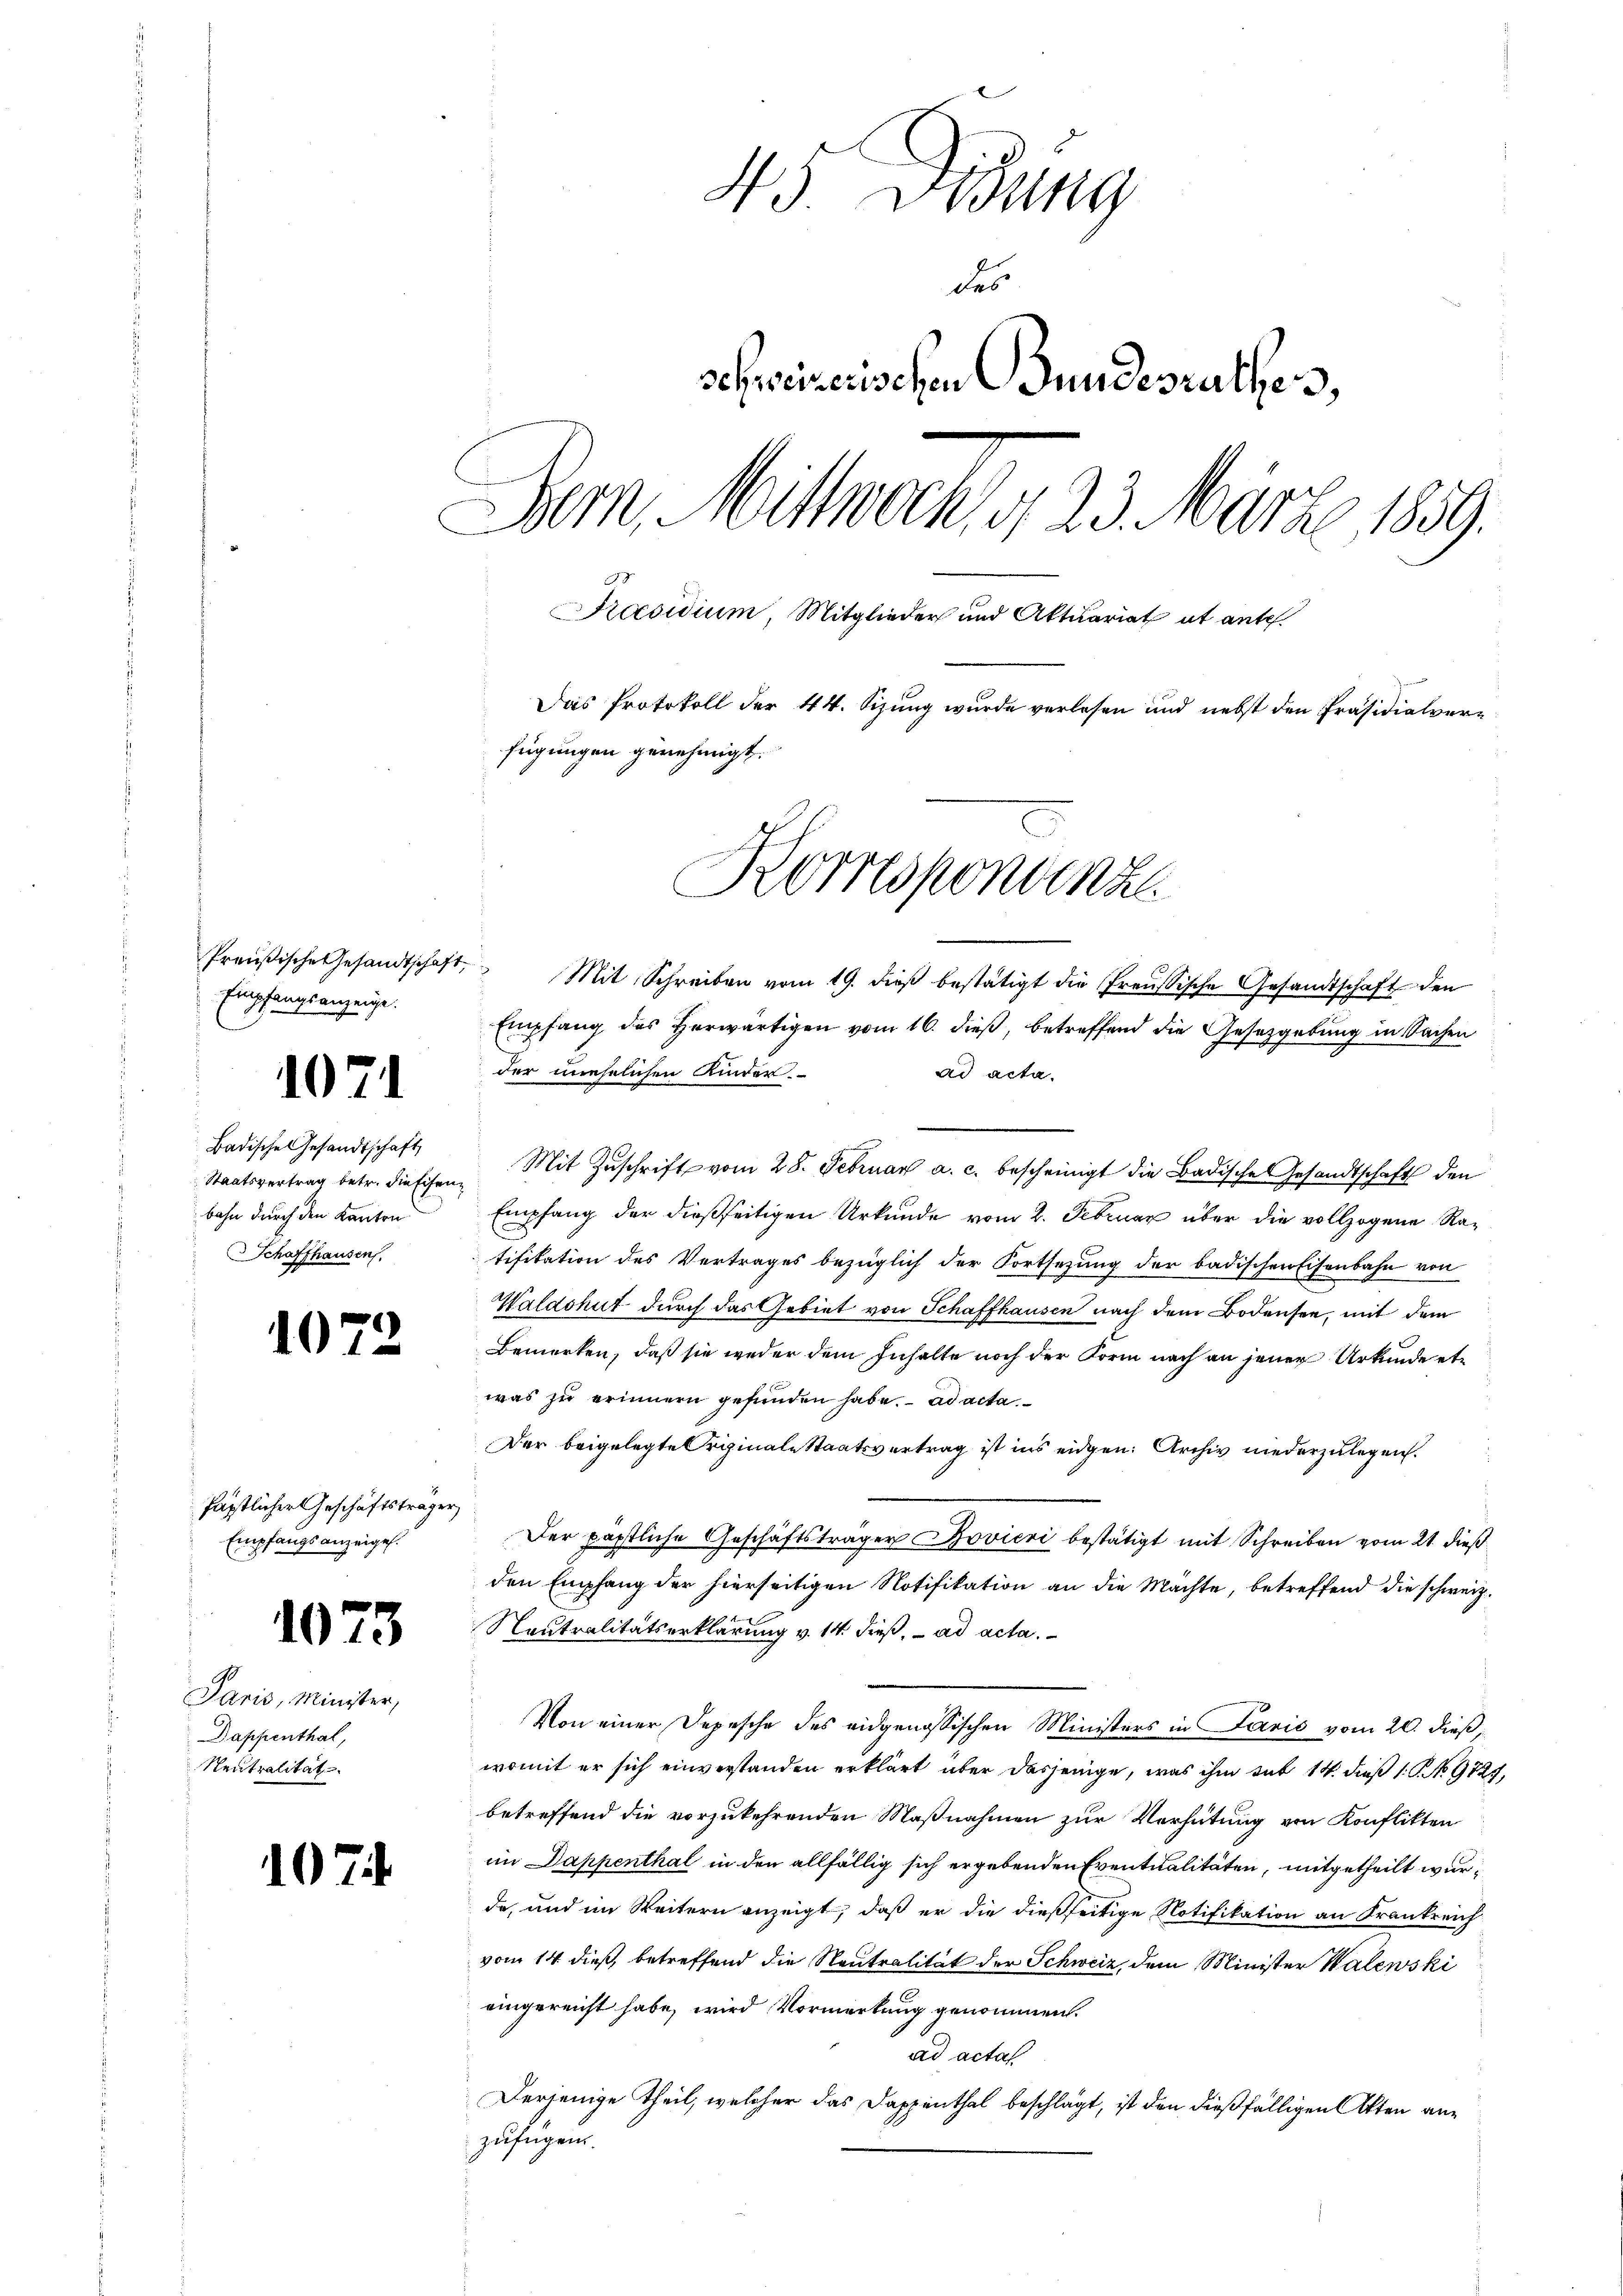
1071

1

.

fästlicher Geschäftsträger
Empfangsanzeigel.

1073

Paris, Minister,
Dappenthal,
Neutralität

107

45. Didung
des
schweizerischen Gundesrathes,
Bern, Mittwoch, d. 23. März 1859.
Praesidium, Mitglieder und Aktuariat et ante.
Das Protokoll der 44. Sizung wurde verlesen und nebst den Präsidialverfügungen genehmigt.
Korresponvenz

Empfangsanzeige.

Badische Gesandtschaft,
bahn durch den Kanton
Schaffhausen.

Preŭβische Gesandtschaft. Mit Schreiben vom 19. dieβ bestätigt die Preŭsische Gesandtschaft den
Empfang des Herwärtigen vom 16. dieß, betreffend die Gesetzgebung in Sachen
der unehelichen Kinder.
ad acta.
Staatsvertrag betr. diessen. Mit Zŭschrift vom 28. Februar a. c. bescheinigt die Badische Gesandtschaft den
Empfang der dießseitigen Urkunde vom 2. Februar über die vollzogene Ratifikation des Vertrages bezüglich der Fortsetzung der badischen Eisenbahn von
Waldshut durch das Gebiet von Schaffhausen nach dem Bodensee, mit dem
Bemerken, daß sie weder dem Inhalte noch der Form nach an jener Urkunde etwas zu erinnern gefunden habe. ad acta
Der beigelegte Originale Staatsvertrag ist ins eidgen. Archiv niederzulegen.
Der päpstliche Geschäftsträger Jovicri bestätigt mit Schreiben vom 21. dieß
den Empfang der hierseitigen Notifikation an die Mächte, betreffend die schweiz.
Neutralitätserklärung v. 14. dieß, ad acta.
Von einer Depesche des eidgenössischen Ministers in Paris vom 20. dieß,
womit er sich einverstanden erklärt über dasjenige, was ihm sub 14. dieß 1 No 9727,
betreffend die vorzukehrenden Maßnahmen zur Verhütung von Konflikten
im Dappenthal in den allfällig sich ergebenden Eventualitäten, mitgetheilt wurda, und im Weitern anzeigt, daß er die dießseitige Notifikation an Frankreich
vom 14. dieß, betreffend die Neutralität der Schweiz, dem Minister Walewski
eingereicht habe, wird Vormerkung genommen.
ad acta
Derjenige Theil, welcher das Dappenthal beschlägt, ist den dießfälligen Akten anzufügen.